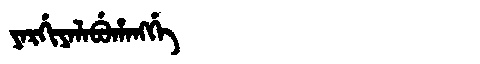
Manchu: ᠶᠠᡵᡤᡳᠶᠠᠯᠠᠪᡠᡥᠠᠩᡤᡝ
Romanization: YARGIYALABUHANGGE